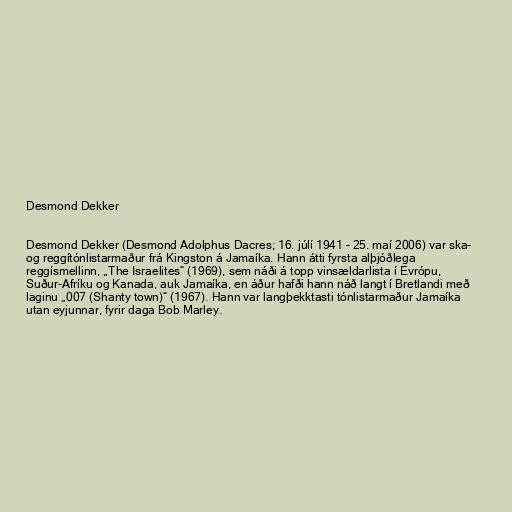
Desmond Dekker

Desmond Dekker (Desmond Adolphus Dacres; 16. júlí 1941 – 25. maí 2006) var ska-
og reggítónlistarmaður frá Kingston á Jamaíka. Hann átti fyrsta alþjóðlega
reggísmellinn, „The Israelites“ (1969), sem náði á topp vinsældarlista í Evrópu,
Suður-Afríku og Kanada, auk Jamaíka, en áður hafði hann náð langt í Bretlandi með
laginu „007 (Shanty town)“ (1967). Hann var langþekktasti tónlistarmaður Jamaíka
utan eyjunnar, fyrir daga Bob Marley.